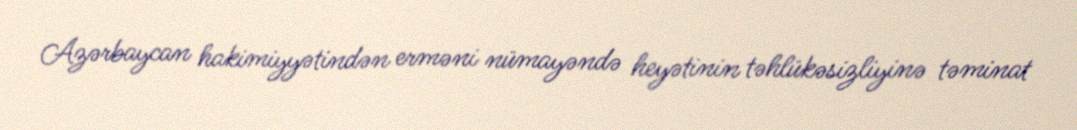
Azərbaycan hakimiyyətindən erməni nümayəndə heyətinin təhlükəsizliyinə təminat